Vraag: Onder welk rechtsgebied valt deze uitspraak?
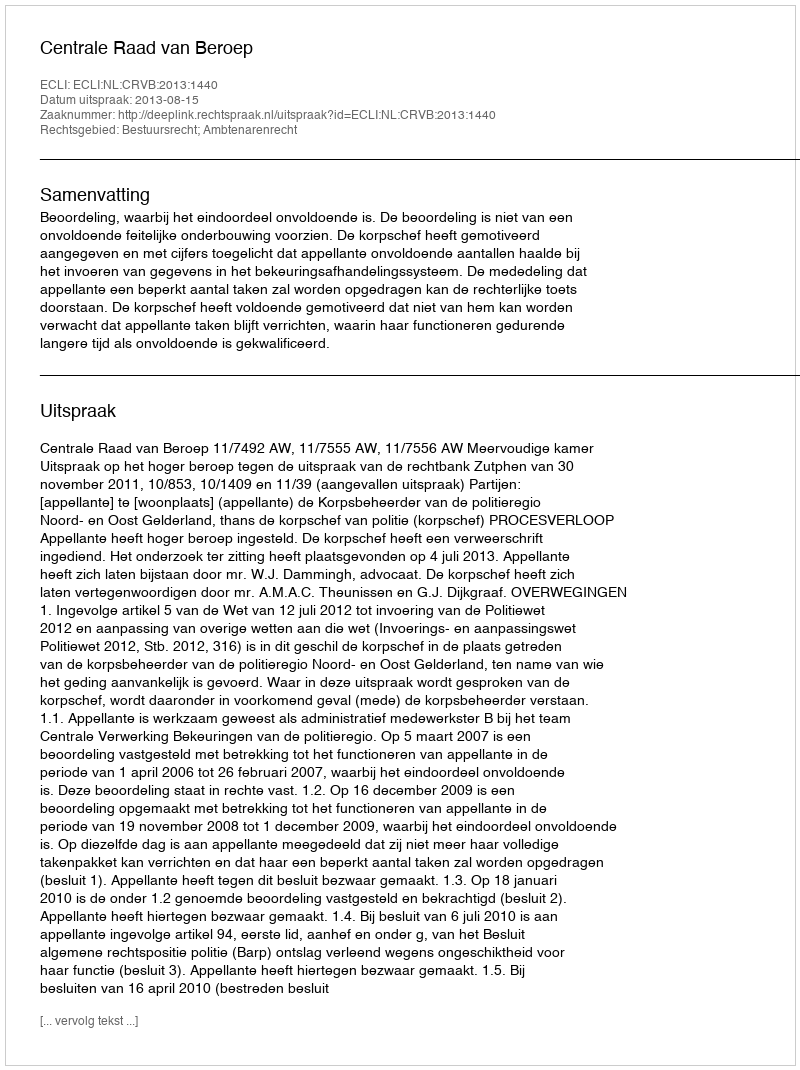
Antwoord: Bestuursrecht; Ambtenarenrecht